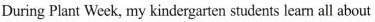
During Plant Week, my kindergarten students leam all about